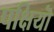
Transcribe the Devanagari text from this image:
पक्षियॊं